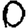
Digit: 0